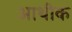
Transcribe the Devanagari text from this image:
आथीक